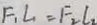
F _ { 1 } L _ { 1 } = F _ { 2 } l _ { 2 }